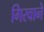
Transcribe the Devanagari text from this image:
गिरवाने